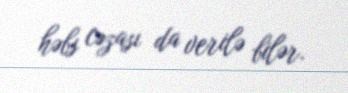
həbs cəzası da verilə bilər.